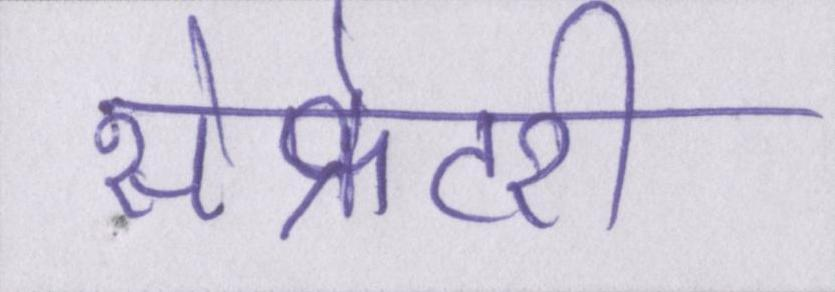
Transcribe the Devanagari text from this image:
सेक्रेटरी